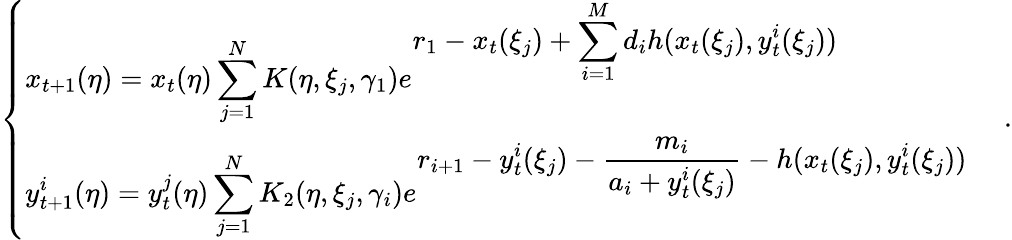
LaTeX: \left\{ \begin{array}{ll}{\displaystyle x_{t+1}(\eta)=x_{t}(\eta)\sum_{j=1}^{N}K(\eta,\xi_{j},\gamma_{1})e^{\displaystyle r_{1}-x_{t}(\xi_{j})+\sum_{i=1}^{M}d_{i}h(x_{t}(\xi_{j}),y_{t}^{i}(\xi_{j}))}}&\\ {\displaystyle y_{t+1}^{i}(\eta)=y_{t}^{j}(\eta)\sum_{j=1}^{N}K_{2}(\eta,\xi_{j},\gamma_{i})e^{\displaystyle r_{i+1}-y_{t}^{i}(\xi_{j})-\frac{m_{i}}{a_{i}+y_{t}^{i}(\xi_{j})}-h(x_{t}(\xi_{j}),y_{t}^{i}(\xi_{j}))}}&\end{array}\right.\; .